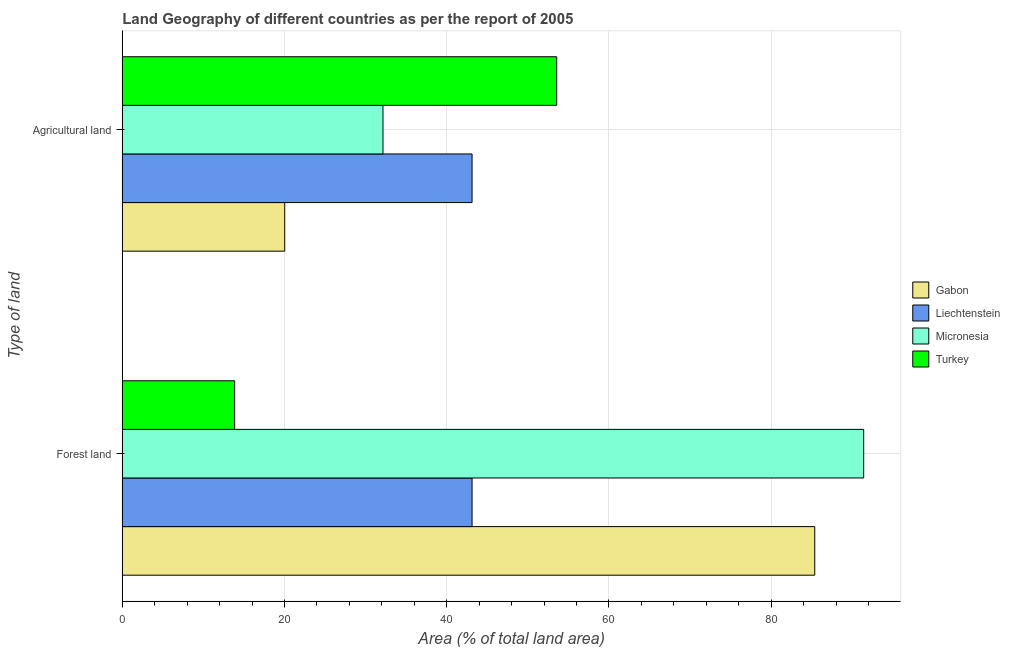
| Type of land | Gabon | Liechtenstein | Micronesia | Turkey |
 | --- | --- | --- | --- | --- |
 | Forest land | 85.4 | 43.1 | 91.4 | 13.9 |
 | Agricultural land | 20 | 43.1 | 32.1 | 53.6 |